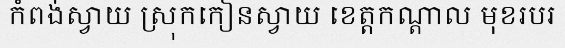
កំពង់ស្វាយ ស្រុកកៀនស្វាយ ខេត្តកណ្តាល មុខរបរ